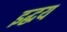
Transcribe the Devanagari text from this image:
इद्धय